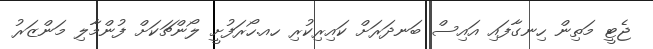
ޖެޓީ މަތިން ހިނގާފައި އައިސް ބަނދަރަށް ކައިރިކުރި ހއ.ހޯރަފުށީ ލޯންޗަކަށް ފުންމާލި މަންޒަރު